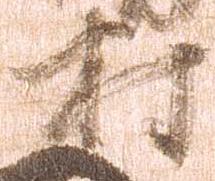
村